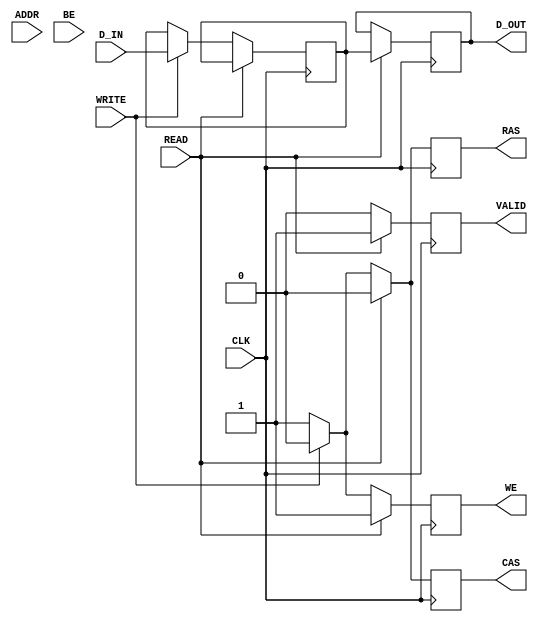
module SDRAM_IO_Block (
    input wire CLK,            // Clock signal
    input wire READ,          // Read enable signal
    input wire WRITE,         // Write enable signal
    input wire [15:0] ADDR,   // Address lines (16-bit address)
    input wire [31:0] D_IN,   // Data input lines (32-bit data)
    input wire [3:0] BE,      // Byte enable signals (4-bit)
    output reg [31:0] D_OUT,   // Data output lines (32-bit data)
    output reg VALID,          // Valid output signal
    // SDRAM control signals
    output reg RAS,           // Row Address Strobe
    output reg CAS,           // Column Address Strobe
    output reg WE             // Write Enable
);

    // Internal signals
    reg [31:0] data_buffer;    // Buffer for data
    reg [15:0] address_buffer; // Buffer for address

    always @(posedge CLK) begin
        // Default control signals
        RAS <= 1'b1;
        CAS <= 1'b1;
        WE <= 1'b1;
        VALID <= 1'b0;

        if (READ) begin
            // Prepare for a read operation
            address_buffer <= ADDR;
            RAS <= 1'b0; // Activate row access
            CAS <= 1'b0; // Activate column access
            WE <= 1'b1;  // Read operation (WE inactive)
            // Simulate read data from SDRAM
            // In a real design, you would interface with the SDRAM here
            D_OUT <= data_buffer; // Assuming data is read into data_buffer
            VALID <= 1'b1;        // Indicate valid output data
        end else if (WRITE) begin
            // Prepare for a write operation
            address_buffer <= ADDR;
            data_buffer <= D_IN; // Load data to buffer for writing
            RAS <= 1'b0; // Activate row access
            CAS <= 1'b0; // Activate column access
            WE <= 1'b0;  // Write operation (WE active)
            VALID <= 1'b0; // No valid output during write
            // In a real design, you would send data_buffer to SDRAM
        end
    end

    // Add a mechanism to handle burst writes/reads if necessary
    // This could involve FSM or additional logic depending on the SDRAM specifications

endmodule